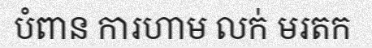
បំពាន ការហាម លក់ មរតក